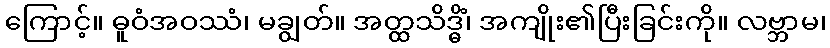
ကြောင့်။ ဓူဝံအဝဿံ၊ မချွတ်။ အတ္ထသိဒ္ဓိံ၊ အကျိုး၏ပြီးခြင်းကို။ လဗ္ဘာမ၊